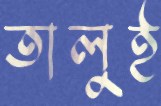
তালুই